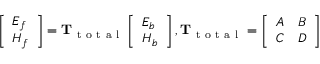
\left[ \begin{array} { l } { E _ { f } } \\ { H _ { f } } \end{array} \right] = \mathrm { \mathbf { T } } _ { \mathrm { ~ t ~ o ~ t ~ a ~ l ~ } } \left[ \begin{array} { l } { E _ { b } } \\ { H _ { b } } \end{array} \right] , \mathrm { \mathbf { T } } _ { \mathrm { ~ t ~ o ~ t ~ a ~ l ~ } } = \left[ \begin{array} { c c } { A } & { B } \\ { C } & { D } \end{array} \right]